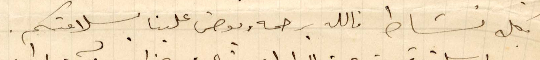
بكل نشاط فالله برحمته يعوض علينا بسلامتكم